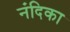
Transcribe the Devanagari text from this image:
नंदिका